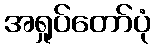
အရှုပ်တော်ပုံ